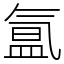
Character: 氲